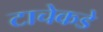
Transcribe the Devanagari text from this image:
टाचेकडे